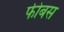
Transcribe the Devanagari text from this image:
फीबस